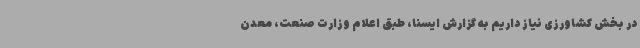
در بخش کشاورزی نیاز داریم به گزارش ایسنا، طبق اعلام وزارت صنعت، معدن